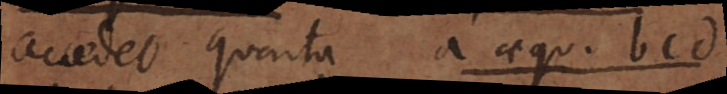
accedet quarta a aequ. bcd